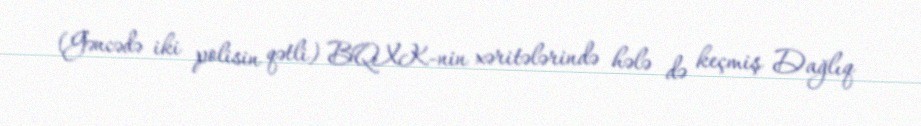
(Gəncədə iki polisin qətli) BQXK-nin xəritələrində hələ də keçmiş Dağlıq